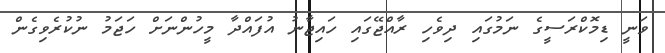
ވަނީ ޑިމޮކްރަސީގެ ނަމުގައި ދިވެހި ރާއްޖޭގައި ހައިޖާނު އުފައްދާ މީހުންނަށް ހަޖަމު ނުކުރެވިގެން